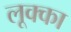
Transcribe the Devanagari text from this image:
लूक्का